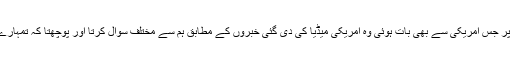
اس کے بعد میرے دوست نے بتایا کہ ان سے ان کے کام کے مقام پر جس امریکی سے بھی بات ہوئی وہ امریکی میڈیا کی دی گئی خبروں کے مطابق ہم سے مختلف سوال کرتا اور پوچھتا کہ تمہارے ملک میں لڑکیوں کو اب تک تعلیم کی اجازت کیوں نہیں دی گئی؟